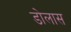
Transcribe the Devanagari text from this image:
डोलास